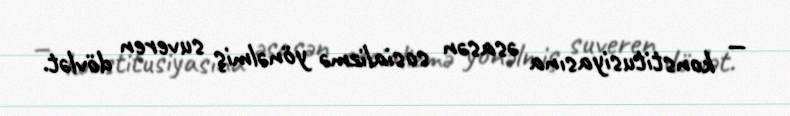
— konstitusiyasına əsasən sosializmə yönəlmiş suveren dövlət.